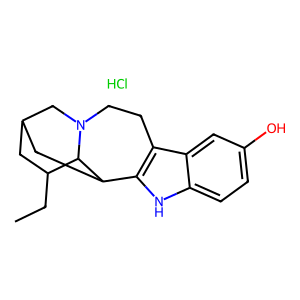
SMILES: CCC1CC2CC3c4[nH]c5ccc(O)cc5c4CCN(C2)C13.Cl
Inhibits HIV replication: Yes